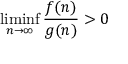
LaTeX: \operatorname* { l i m i n f } _ { n \to \infty } { \frac { f ( n ) } { g ( n ) } } > 0